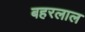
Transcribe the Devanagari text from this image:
बहरलाल